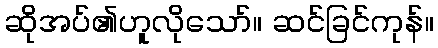
ဆိုအပ်၏ဟူလိုသော်။ ဆင်ခြင်ကုန်။